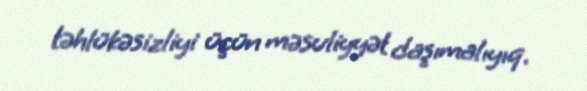
təhlükəsizliyi üçün məsuliyyət daşımalıyıq.